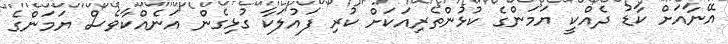
އޭނާއަށް ކާޑު ދެއްކީ ޔަމަންގެ ކުޅުންތެރިއަކަށް ކުރި ފައުލަކާ ގުޅިގެން އަނެއްކާވެސް ޔަމަންގެ